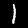
Label: 1